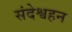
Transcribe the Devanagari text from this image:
संदेश्वहन